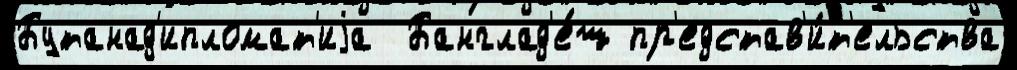
Бутанад'ипломат'иjа  Банглад'е́ш пр'едстав'и́т'ельства